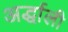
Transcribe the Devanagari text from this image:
अर्द्धाली